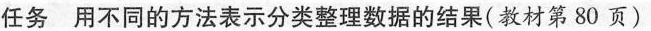
任务 用不同的方法表示分类整理数据的结果(教材第80页)